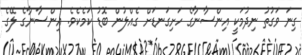
ގިނަ ވަގުތު ނިދުމަކީ އިންސާނާގެ ހަށިގަނޑަށް ގެއްލުން ބޮޑު ކަމެކެވެ. އިންސާނާގެ ލޭގެ